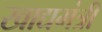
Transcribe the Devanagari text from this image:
खाद्यमंत्री